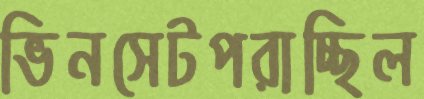
ভিনসেটপরাচ্ছিল